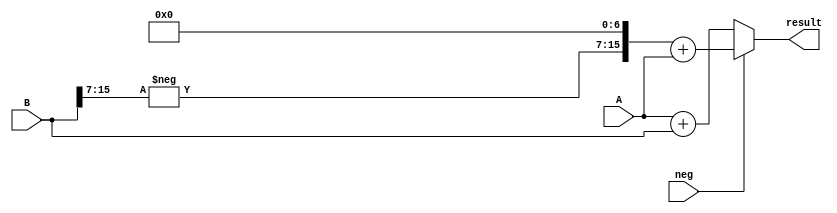
module adder #(
    parameter bits = 16
) (
    A,
    B,
  neg,
    result
);
    input [bits - 1: 0] A;
    input [bits - 1: 0] B;
    input neg;
    output[bits - 1: 0] result;
  wire[bits - 1: 0] temp;
  assign temp[bits - 1: (bits - 1) / 2 ] = -B[bits - 1: (bits - 1) / 2];
  assign temp[(bits - 1) / 2 - 1: 0] = 0;
  assign result =neg? temp + A: A + B;
endmodule